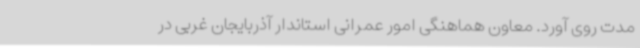
مدت روی آورد. معاون هماهنگی امور عمرانی استاندار آذربایجان غربی در